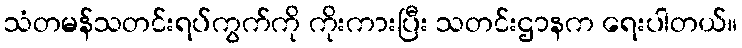
သံတမန်သတင်းရပ်ကွက်ကို ကိုးကားပြီး သတင်းဌာနက ရေးပါတယ်။